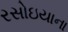
રસોઇયાના